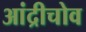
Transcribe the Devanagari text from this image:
आंद्रीचोव